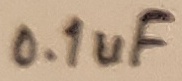
Text: 0.1uF